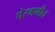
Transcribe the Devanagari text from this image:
पे्रमगीत